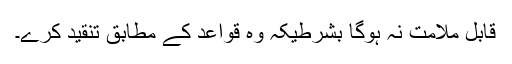
قابل ملامت نہ ہوگا بشرطیکہ وہ قواعد کے مطابق تنقید کرے۔